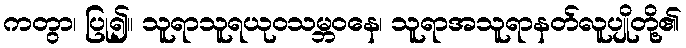
ကတွာ၊ ပြု၍။ သူရာသူရယုဝသမ္ဘဝနေ၊ သူရာအသူရာနတ်လူပျိုတို့၏